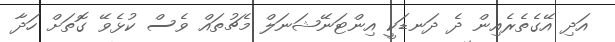
އަދި އޭގެތެރެއިން ދެ ދަނޑަކީ އިންޓަނޭޝަނަލް މެޗުތައް ވެސް ކުޅެވޭ ގޮތަށް ހަދާ